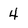
Character: 4